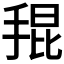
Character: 𭡎